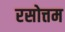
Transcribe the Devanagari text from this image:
रसोत्तम